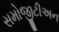
સમોજીટીઅન